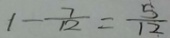
1 - \frac { 7 } { 1 2 } = \frac { 5 } { 1 2 }